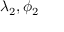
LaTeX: \lambda _ { 2 } , \phi _ { 2 }